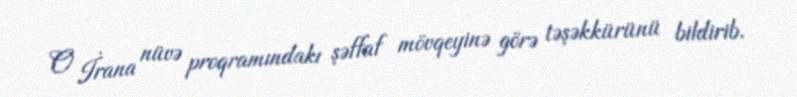
O İrana nüvə proqramındakı şəffaf mövqeyinə görə təşəkkürünü bildirib.